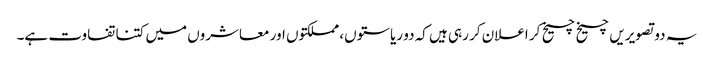
یہ دو تصویریں چیخ چیخ کر اعلان کر رہی ہیں کہ دو ریاستوں، مملکتوں اور معاشروں میں کتنا تفاوت ہے۔